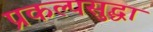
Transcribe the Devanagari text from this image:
प्रकल्पसुद्धा